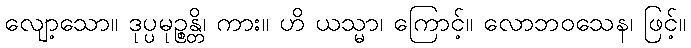
လျော့သော။ ဒုပ္ပမုဉ္စန္တိ၊ ကား။ ဟိ ယသ္မာ၊ ကြောင့်။ လောဘဝသေန၊ ဖြင့်။